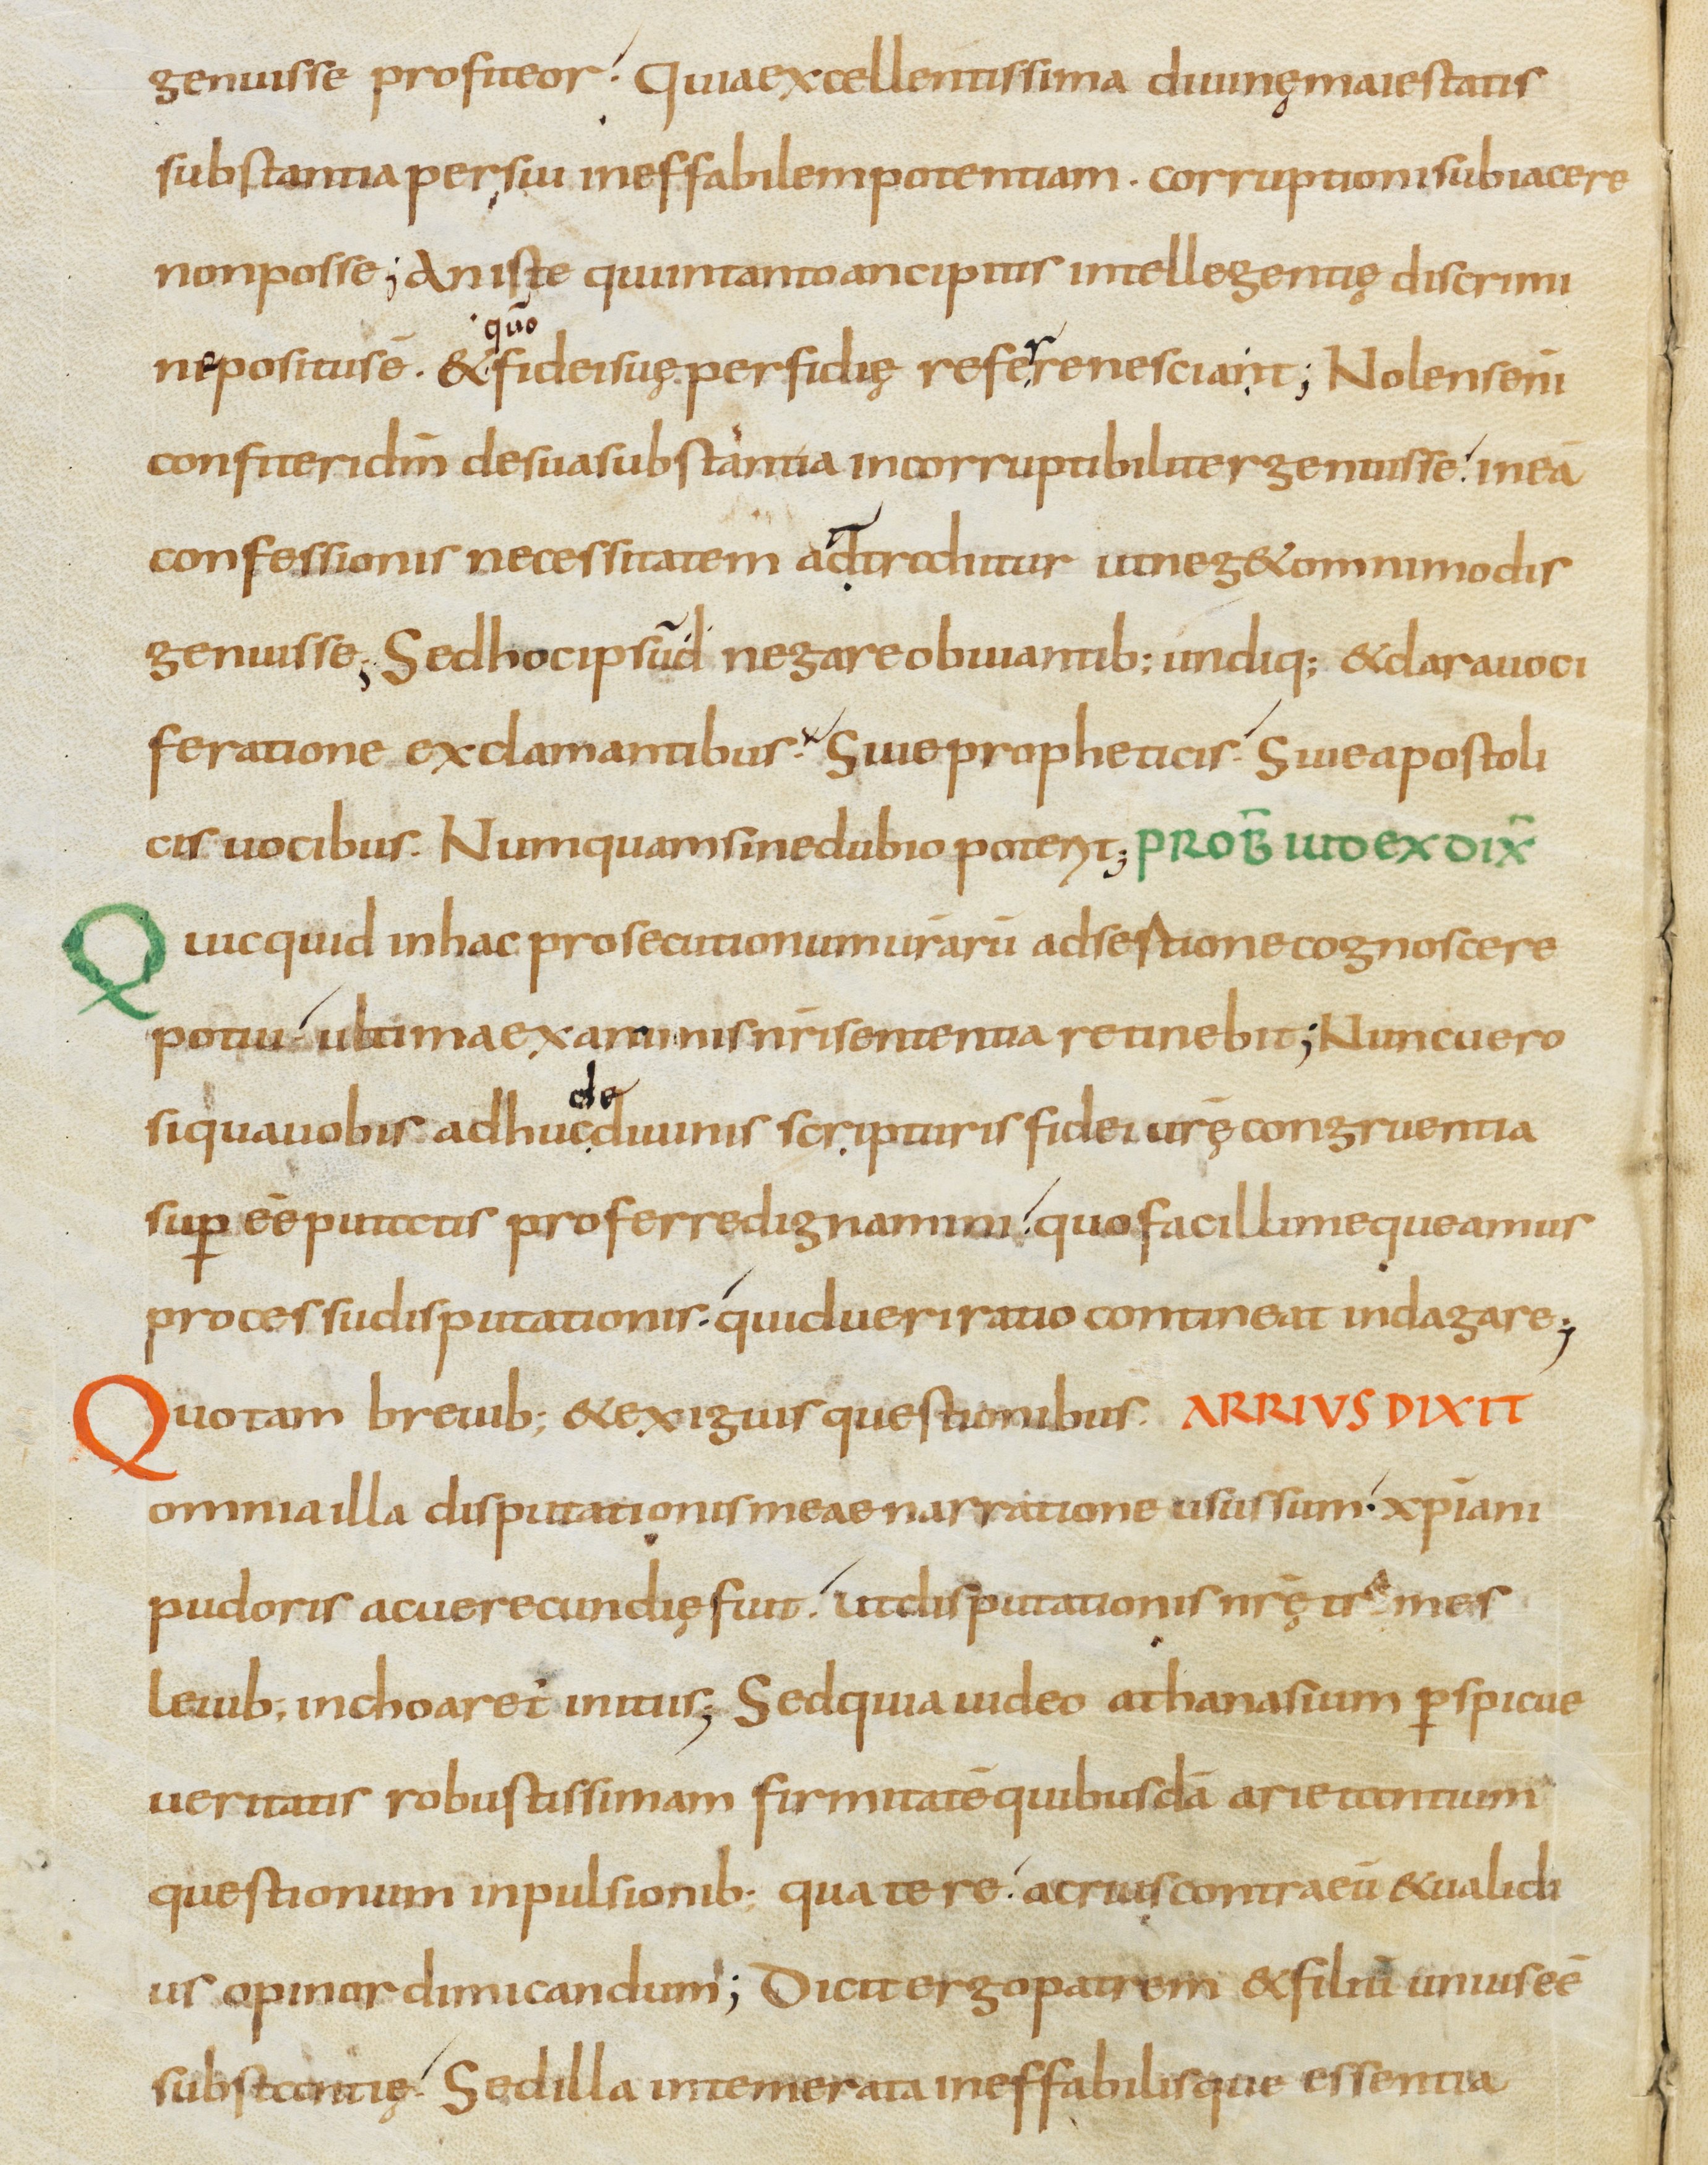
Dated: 800–899